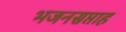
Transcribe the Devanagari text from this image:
भजनसप्ताह